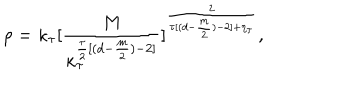
\rho = \kappa _ { \tau } [ \frac { M } { \kappa _ { \tau } ^ { \frac { \tau } { 2 } [ ( d - \frac { m } { 2 } ) - 2 ] } } ] ^ { \frac { 2 } { \tau [ ( d - \frac { m } { 2 } ) - 2 ] + \eta _ { \tau } } } ,